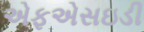
એફએસઇડી